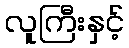
လူကြီးနှင့်